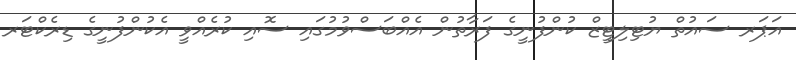
އަޕަރ ސައުތް ޔުޓިލިޓީޒް ކުންފުނީގެ ފަރާތުން އެއްބަސްވުމުގައި ސޮއި ކުރެއްވީ އެކުންފުނީގެ ޑިރެކްޓަރ